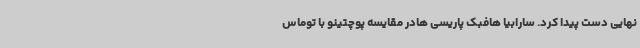
نهایی دست پیدا کرد. سارابیا هافبک پاریسی هادر مقایسه پوچتینو با توماس